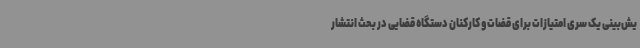
یش‌بینی یک سری امتیازات برای قضات و کارکنان دستگاه قضایی در بحث انتشار